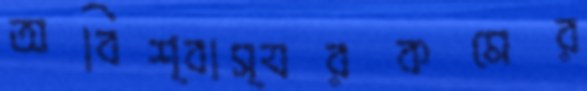
অবিশ্বাস্যরকমের